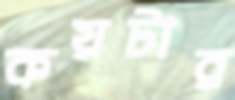
কয়টার